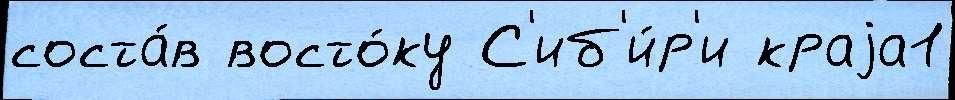
соста́в восто́ку С'иб'и́р'и краjа1